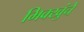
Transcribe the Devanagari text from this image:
भिक्खुंचे